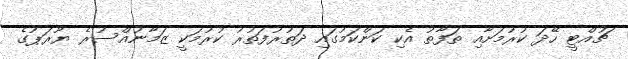
ޗުއްޓީ ހޭދަ ކުރުމަށާއި ތަފާތު އެކި ކަންކަމުގައި ދަތުރުފަތުރު ކުރުމަކީ ޒަމާނުއްސުރެ ޔޫރަޕުގެ